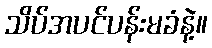
သိပ်အပင်ပန်းမခံနဲ့။